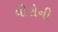
વીરોની